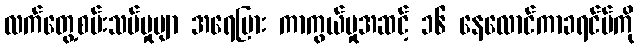
လက်တွေ့စမ်းသပ်မှုမျာ အရေပြား ကာကွယ်မှုအဆင့် ၁၆ နေလောင်ကာခရင်မ်ကို